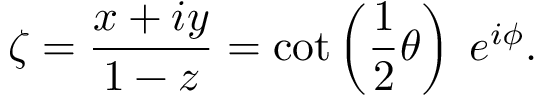
\zeta = { \frac { x + i y } { 1 - z } } = \cot \left( { \frac { 1 } { 2 } } \theta \right) \; e ^ { i \phi } .